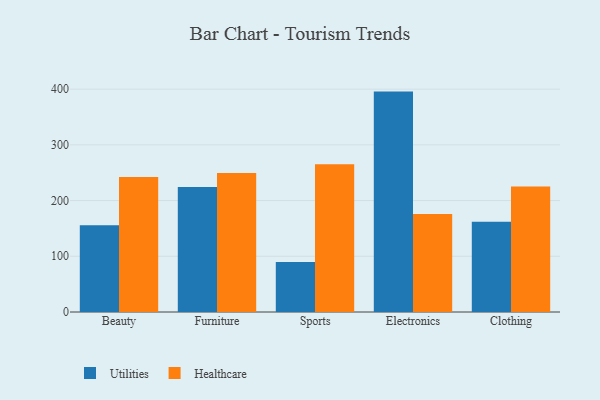
{"axis": {"x": "Category", "y": "Active Users"}, "legend": ["Healthcare", "Utilities"], "data": [{"x": "Beauty", "y": 155.6, "type": "Utilities"}, {"x": "Beauty", "y": 242.1, "type": "Healthcare"}, {"x": "Furniture", "y": 224.2, "type": "Utilities"}, {"x": "Furniture", "y": 249.4, "type": "Healthcare"}, {"x": "Sports", "y": 89.8, "type": "Utilities"}, {"x": "Sports", "y": 265.0, "type": "Healthcare"}, {"x": "Electronics", "y": 395.6, "type": "Utilities"}, {"x": "Electronics", "y": 176.0, "type": "Healthcare"}, {"x": "Clothing", "y": 161.9, "type": "Utilities"}, {"x": "Clothing", "y": 225.3, "type": "Healthcare"}]}